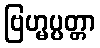
ဗြဟ္မပ္ပတ္တာ